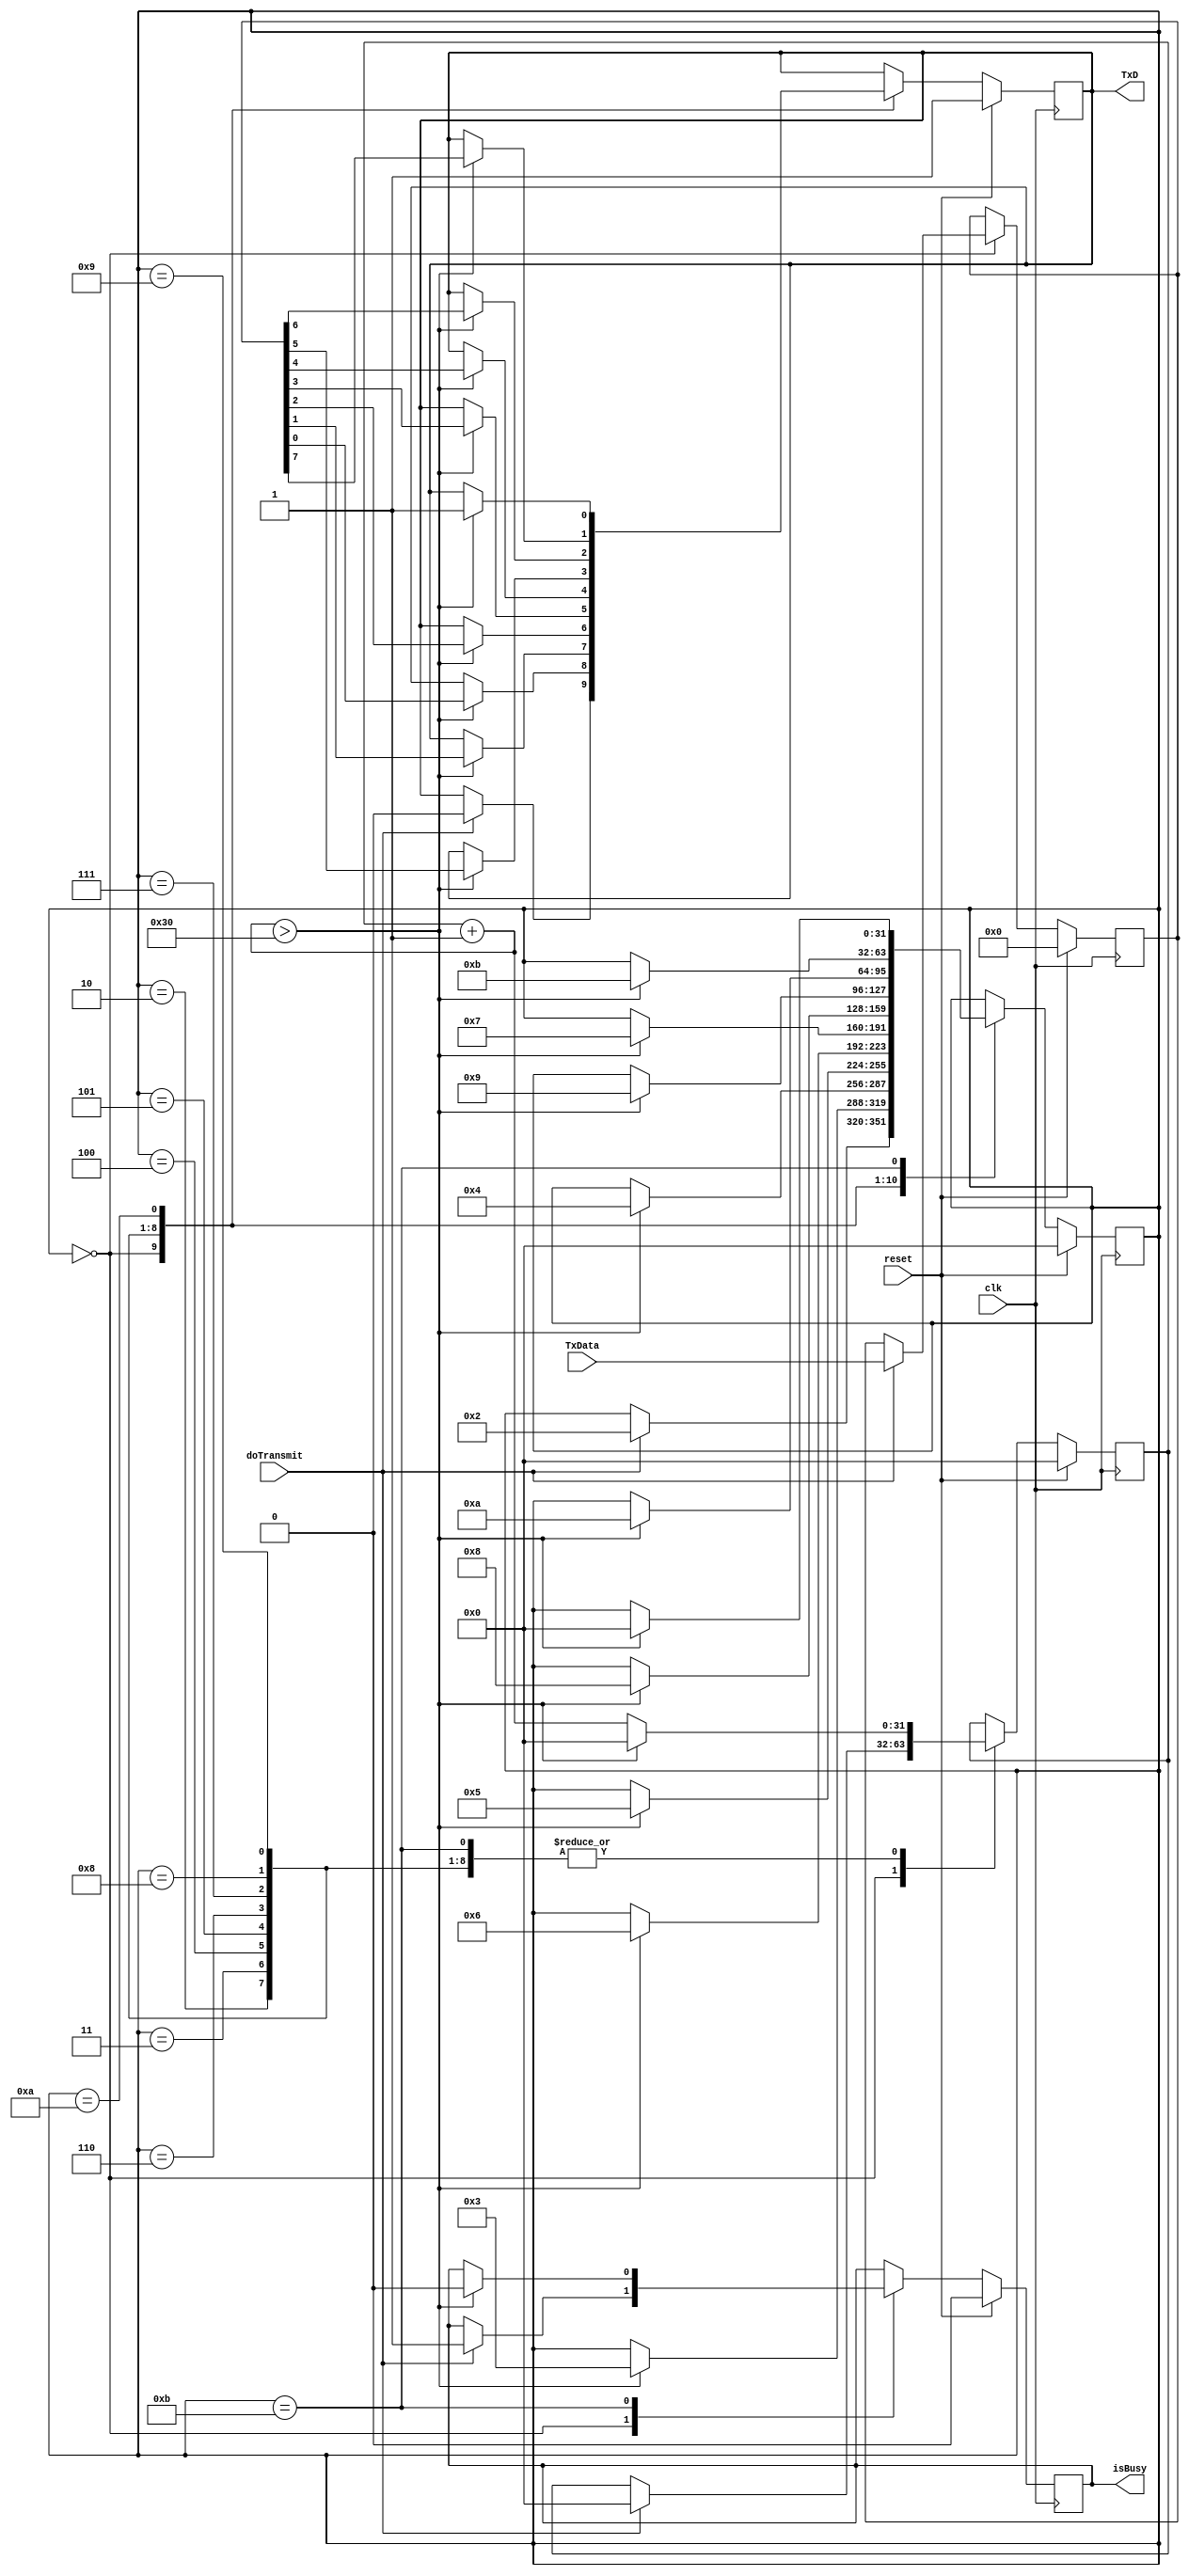
`timescale 1ns / 1ps
//////////////////////////////////////////////////////////////////////////////////
// Company: IITGn
// 
// Design Name: 
// Module Name: Sender
// Project Name: 
// Target Devices: 
// Tool Versions: 
// Description: 
// 
// Dependencies: 
// 
// Revision:
// Revision 0.01 - File Created
// Additional Comments:
// 
//////////////////////////////////////////////////////////////////////////////////


module Sender_V (
    clk, 
    reset,
    TxD,
    doTransmit,
    TxData,
    isBusy
);

  input clk;
  input reset;
  output reg TxD;
  input doTransmit;
  input [7:0] TxData;
  output reg isBusy;

  reg [31:0] state;
  reg [31:0] sequenceCounter;
  reg [ 7:0] data;


  parameter W5Frequency = 6_250_000;
  parameter baudRate = 128000;
  parameter samplingInterval = W5Frequency / baudRate;
  parameter halfSamplingInterval = samplingInterval / 2;


  always @(posedge clk) begin
    if (reset) begin
      state = 0;
      data = 0;
      sequenceCounter = 0;
      TxD = 1;
      isBusy=0;

   end else begin


      case (state)
        0: begin
          if (doTransmit == 1) begin
            state = 2;
            data = TxData;
            isBusy = 1;
            sequenceCounter=0;
            TxD = 0;// this is start bit
          end
        end
        2: begin
          //first bit
          sequenceCounter = sequenceCounter + 1;
          if (sequenceCounter > samplingInterval) begin
            sequenceCounter = 0;
            state = 3;
            TxD = data[0];
          end else begin
            //do nothing
          end
        end
        3: begin
          //second bit
          sequenceCounter = sequenceCounter + 1;
          if (sequenceCounter > samplingInterval) begin
            sequenceCounter = 0;
            state = 4;
            TxD = data[1];
          end else begin
            //do nothing
          end
        end
        4: begin
          //thrid bit
          sequenceCounter = sequenceCounter + 1;
          if (sequenceCounter > samplingInterval) begin
            sequenceCounter = 0;
            state = 5;
            TxD = data[2];
          end else begin
            //do nothing
          end
        end
        5: begin
          //fourth bit
          sequenceCounter = sequenceCounter + 1;
          if (sequenceCounter > samplingInterval) begin
            sequenceCounter = 0;
            state = 6;
            TxD = data[3];
          end else begin
            //do nothing
          end
        end
        6: begin
          //fifth bit
          sequenceCounter = sequenceCounter + 1;
          if (sequenceCounter > samplingInterval) begin
            sequenceCounter = 0;
            state = 7;
            TxD = data[4];
          end else begin
            //do nothing
          end
        end
        7: begin
          //sixth bit
          sequenceCounter = sequenceCounter + 1;
          if (sequenceCounter > samplingInterval) begin
            sequenceCounter = 0;
            state = 8;
            TxD = data[5];
          end else begin
            //do nothing
          end
        end
        8: begin
          //seventh bit
          sequenceCounter = sequenceCounter + 1;
          if (sequenceCounter > samplingInterval) begin
            sequenceCounter = 0;
            state = 9;
            TxD = data[6];
          end else begin
            //do nothing
          end
        end
        9: begin
          //eight bit
          sequenceCounter = sequenceCounter + 1;
          if (sequenceCounter > samplingInterval) begin
            sequenceCounter = 0;
            state = 10;
            TxD = data[7];
          end else begin
            //do nothing
          end
        end
        10: begin
          //end bit
          sequenceCounter = sequenceCounter + 1;
          if (sequenceCounter > samplingInterval) begin
            sequenceCounter = 0;
            state = 11;
            TxD = 1; // this is end bit
          end else begin
            //do nothing
          end
        end
        11: begin
          //reset
          sequenceCounter = sequenceCounter + 1;
          if (sequenceCounter > samplingInterval) begin
            sequenceCounter = 0;
            state = 0;
            isBusy = 0;
          end else begin
            //do nothing
          end
        end
        default: begin
          //
        end
      endcase
    end
  end



endmodule